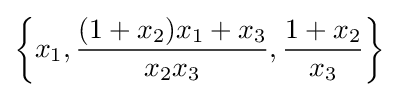
\left\{x_{1},{\frac {(1+x_{2})x_{1}+x_{3}}{x_{2}x_{3}}},{\frac {1+x_{2}}{x_{3}}}\right\}